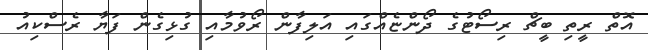
އޮތް ރީތި ބީޗް ރިސޯޓުގެ ދޯންޏެއްގައި އަލިފާން ރޯވުމާއި ގުޅިގެން ފަޔާ ރެސްކިއު